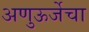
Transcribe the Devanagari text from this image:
अणुऊर्जेचा